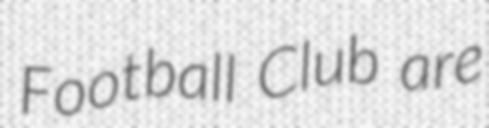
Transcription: Football Club are